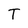
Character: T